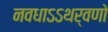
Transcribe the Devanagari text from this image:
नवधाऽऽथर्वणो